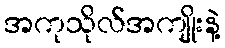
အကုသိုလ်အကျိုးနဲ့